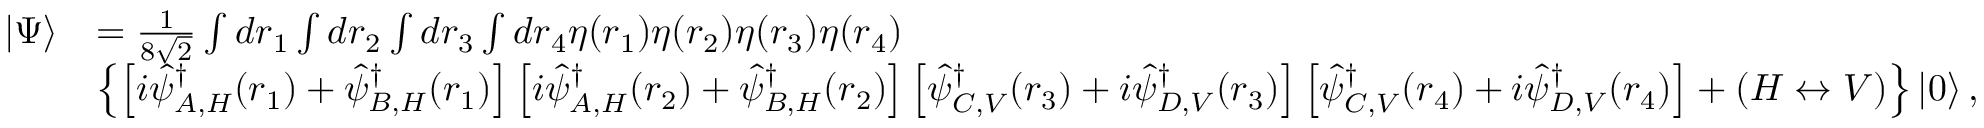
\begin{array} { r l } { | \Psi \rangle } & { = \frac { 1 } { 8 \sqrt { 2 } } \int d \boldsymbol { r } _ { 1 } \int d \boldsymbol { r } _ { 2 } \int d \boldsymbol { r } _ { 3 } \int d \boldsymbol { r } _ { 4 } \eta ( \boldsymbol { r } _ { 1 } ) \eta ( \boldsymbol { r } _ { 2 } ) \eta ( \boldsymbol { r } _ { 3 } ) \eta ( \boldsymbol { r } _ { 4 } ) } \\ & { \left\{ \left[ i \hat { \psi } _ { A , H } ^ { \dagger } ( \boldsymbol { r } _ { 1 } ) + \hat { \psi } _ { B , H } ^ { \dagger } ( \boldsymbol { r } _ { 1 } ) \right] \left[ i \hat { \psi } _ { A , H } ^ { \dagger } ( \boldsymbol { r } _ { 2 } ) + \hat { \psi } _ { B , H } ^ { \dagger } ( \boldsymbol { r } _ { 2 } ) \right] \left[ \hat { \psi } _ { C , V } ^ { \dagger } ( \boldsymbol { r } _ { 3 } ) + i \hat { \psi } _ { D , V } ^ { \dagger } ( \boldsymbol { r } _ { 3 } ) \right] \left[ \hat { \psi } _ { C , V } ^ { \dagger } ( \boldsymbol { r } _ { 4 } ) + i \hat { \psi } _ { D , V } ^ { \dagger } ( \boldsymbol { r } _ { 4 } ) \right] + ( H \leftrightarrow V ) \right\} \left| 0 \right\rangle , } \end{array}